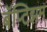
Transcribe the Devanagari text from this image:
बॅप्टिझम